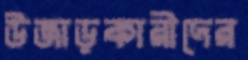
উজাড়কারীদের